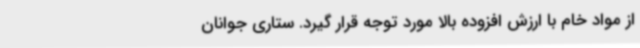
از مواد خام با ارزش افزوده بالا مورد توجه قرار گیرد. ستاری جوانان